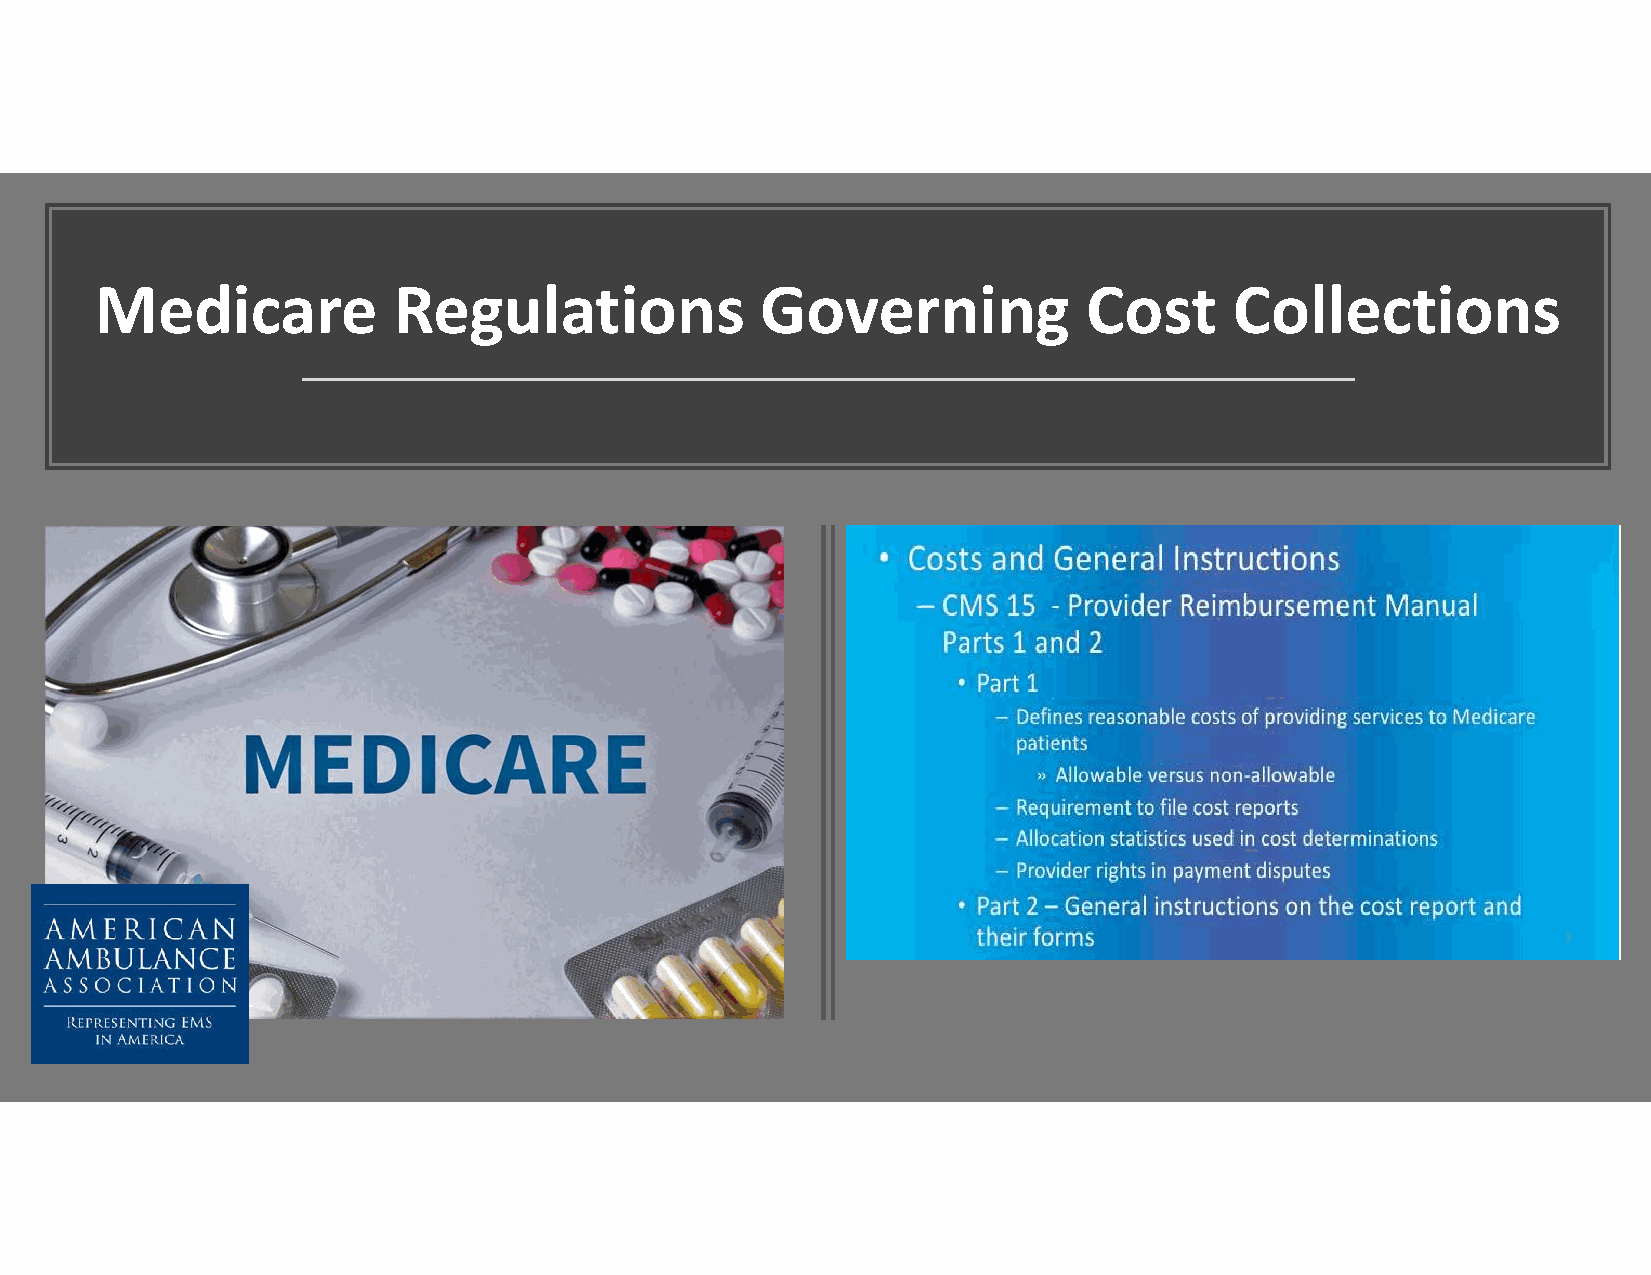
Medicare            Regulations             Governing             Cost      Collections